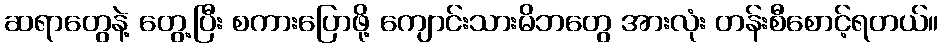
ဆရာတွေနဲ့ တွေ့ပြီး စကားပြောဖို့ ကျောင်းသားမိဘတွေ အားလုံး တန်းစီစောင့်ရတယ်။